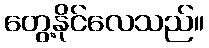
တွေ့နိုင်လေသည်။